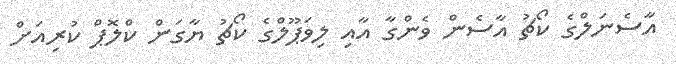
އާސެނަލްގެ ކޯޗު އާސެން ވެންގާ އާއި ލިވަޕޫލްގެ ކޯޗު ޔާގަން ކްލޮޕް ކުރިއަށް